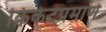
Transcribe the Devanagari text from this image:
क्रिकेटप्रमाणे